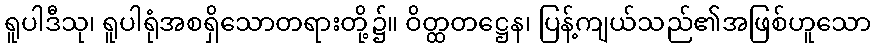
ရူပါဒီသု၊ ရူပါရုံအစရှိသောတရားတို့၌။ ဝိတ္ထတဋ္ဌေန၊ ပြန့်ကျယ်သည်၏အဖြစ်ဟူသော